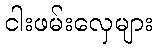
ငါးဖမ်းလှေများ